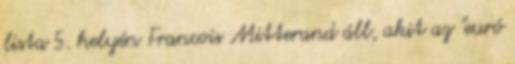
lista 5. helyén Francois Mitterand áll, akit az "euró